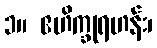
၁။ ဧဟိက္ခုရဟန်း၊